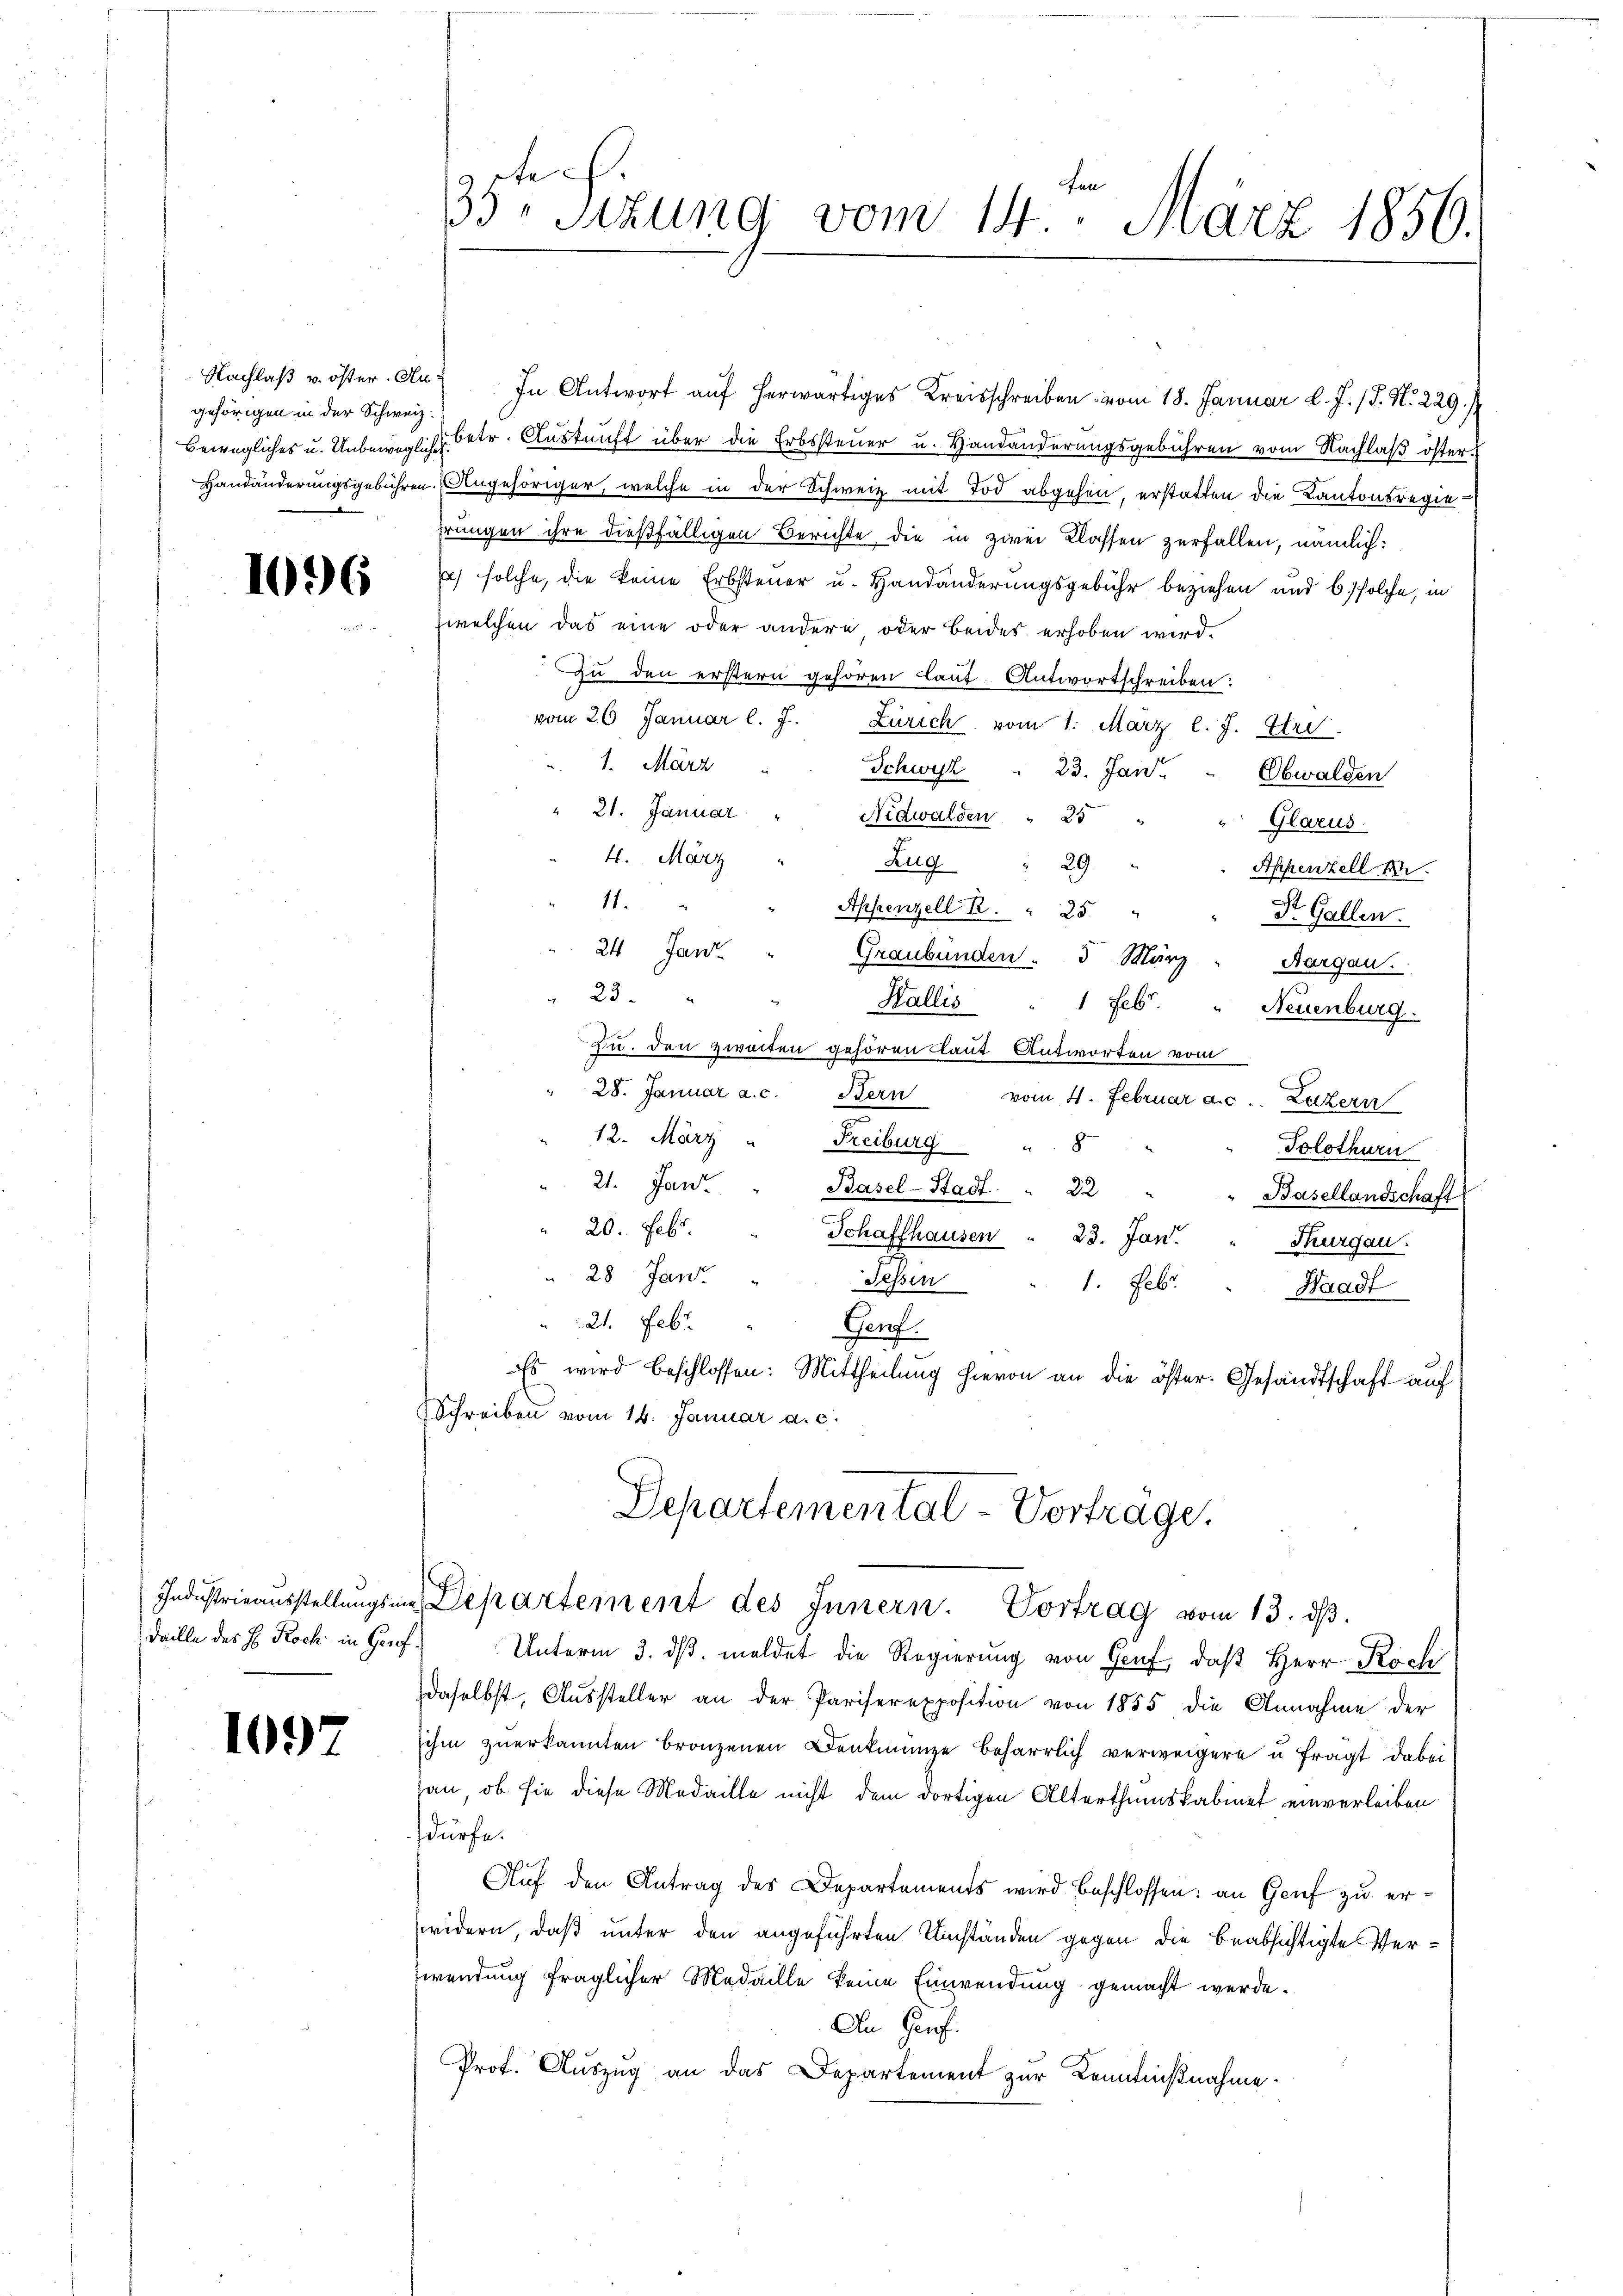
gehörigen in der Schweiz.

1097

1096

daille des H. Roch in Gerof

Nachlaβ u. öster. An In Antwort aŭf herwärtiges Kreisschreiben vom 18. Januar l. J. P. Nr. 229. /
bewegliches u. Unbeweglich betr. Auskunft über die Erbssteuer u. Handänderungsgebühren vom Nachlaß öster¬
Handänderungsgebühren. Angehöriger, welche in der Schweiz mit Tod abgehen, erstatten die Kantonsregiehrungen ihre dießfälligen Berichte, die in zwei Klassen zerfallen, nämlich:
) solche, die keine Erbsteuer u. Handänderungsgebühr beziehen und 6 solche, in
welchen das eine oder andere oder beides erhoben wird.
zu den erstern gehören lauf. Antwortschreiben:
vom 26. Januar l. J. Zürich vom 1. März l. J. Tri
1. März
Schwyz " 23. Jan. Obwalden
" 21. Januar
Nidwalden " 35
 Glarus.
4. März
Zug
29.
Appenzell un
1
Appenzell A. " 25 "
St. Gallen.
 24 Jan.
Graubünden . 5. März " Aargau.
23.
Wallis
1 Febr.
Neuenburg.
Zu. den zweiten gehören laut Antworten vom
28. Januar a. c. Bern vom 4. Februar a. c. Luzern
12. März " Freiburg " 8
Solothurn
21. Jan. " Basel-Stadt.
32
Basellandschaft
20. Febr.
Schaffhausen " 23. Jan.
Thurgau.
" 28 Jan. " Tessin
1. Febr.
Waadt
21. Febr. " Genf.
Es wird beschlossen: Mittheilung hievon an die öster- Gesandtschaft auf
Schreiben vom 16. Januar a. c.
Departemental - Vorträge.
Industrieausstellŭngs Departement des Innern. Vortrag vom 13. dβ.
Unterm 3. dβ. meldet die Regierung von Genf, daß Herr Koch
daselbst, Aŭssteller an der Pariserexposition von 1855 die Annahme der
sihm zuerkannten bronzenen Denkmünze beharrlich verweigere u fragt dabei
han, ob sie diese Medaille nicht dem dortigen Alterthumskabinet einverleiben
dürfe.
e
Auf den Antrag des Departements wird beschlossen: an Genf zu erwidern, daß unter den angeführten Umständen gegen die beabsichtigte Verwendung fraglicher Medaille keine Einwendung gemacht werde.
An Genf.
Prof. Auszug an das Departement zur Kenntnißnahme.

tech
33. Sizung vom 14. März 1856.